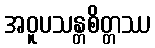
အဝူပသန္တစိတ္တဿ